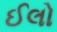
ઈલો